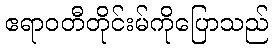
ဧရာဝတီတိုင်းမ်ကိုပြောသည်